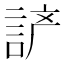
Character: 𰴵